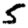
Digit: 5